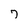
Character: 7